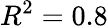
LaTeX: R^{2}=0.8